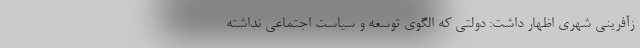
زآفرینی شهری اظهار داشت: دولتی که الگوی توسعه و سیاست اجتماعی نداشته